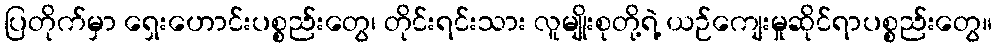
ပြတိုက်မှာ ရှေးဟောင်းပစ္စည်းတွေ၊ တိုင်းရင်းသား လူမျိုးစုတို့ရဲ့ ယဉ်ကျေးမှုဆိုင်ရာပစ္စည်းတွေ။